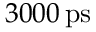
3 0 0 0 \, \mathrm { p s }